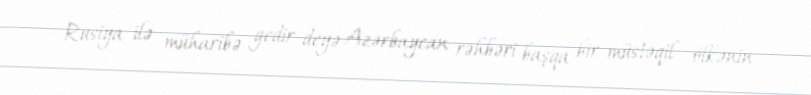
Rusiya ilə müharibə gedir deyə Azərbaycan rəhbəri başqa bir müstəqil ölkənin